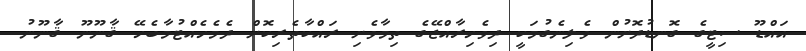
އައްޑޫ ސިޓީގެ ގޮނޑުދޮށުން ވެލިނެގުމަކީ ދިވެހިރާއްޖޭގެ ތިމާވެށި ރައްކާތެރިކޮށް ދެމެހެއްޓުމާބެހޭ ޤާނޫނޫ ޤާނޫނު